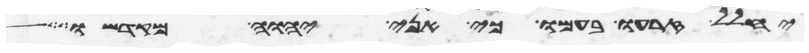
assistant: יחלל זרעו בעמו כי אני יהוה מקדשו